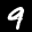
Digit: 9